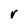
Character: r